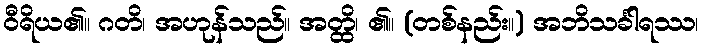
ဝီရိယ၏။ ဂတိ၊ အဟုန်သည်။ အတ္ထိ၊ ၏။ (တစ်နည်း။) အဘိသင်္ခါရဿ၊